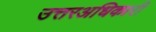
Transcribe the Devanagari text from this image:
उत्तरअधिकारी